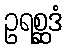
ဥရစ္ဆဒံ